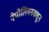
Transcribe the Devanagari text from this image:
नेपोलियनकडून